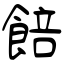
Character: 餢